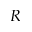
R